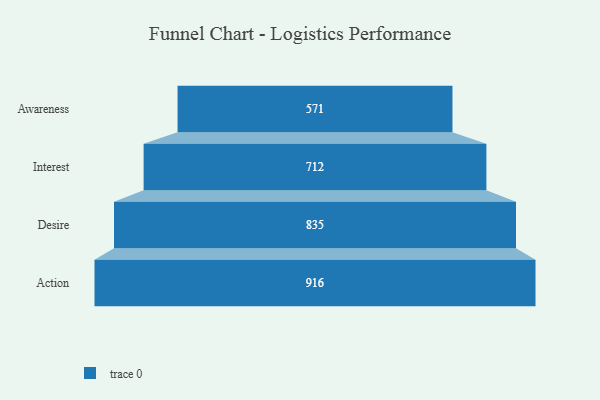
{"axis": {"x": "Stage", "y": "Value"}, "legend": [""], "data": [{"x": "Awareness", "y": 571.0, "type": ""}, {"x": "Interest", "y": 712.0, "type": ""}, {"x": "Desire", "y": 835.0, "type": ""}, {"x": "Action", "y": 916.0, "type": ""}]}